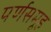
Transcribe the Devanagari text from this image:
पर्णसमूह